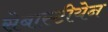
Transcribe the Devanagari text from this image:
सेबास्टीयेन